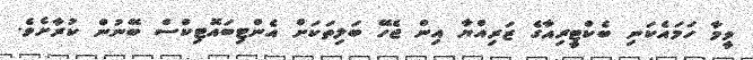
ވީމާ ހަމައެކަނި ބެކްޓީރިއާގެ ޒަރިއްޔާ އިން ޖެހޭ ބަލިތަކަށް އެންޓިބައޮޓިކްސް ބޭނުން ކުރާށެވެ.